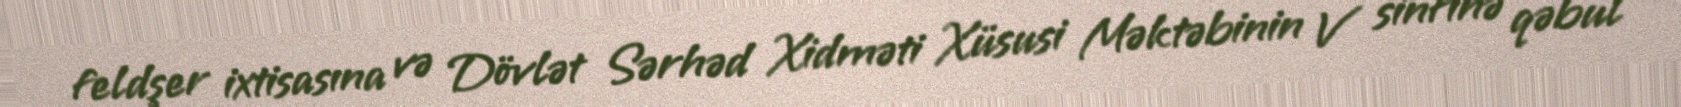
feldşer ixtisasına və Dövlət Sərhəd Xidməti Xüsusi Məktəbinin V sinfinə qəbul